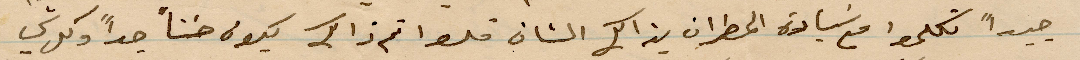
جيدًا تكلموا مع سيادة المطران بذالك الشأن %% تم ذلك يكون حسنًا جدًا وكل شي